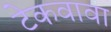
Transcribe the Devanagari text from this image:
टेकवावा